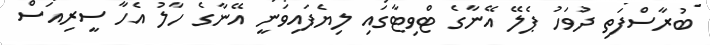
ބުރާސްފަތި ދުވަހު ޕެލޭ އޭނާގެ ޓްވިޓާގައި ލިޔެފައިވަނީ އޭނާގެ ހާލު އެހާ ސީރިއަސް